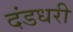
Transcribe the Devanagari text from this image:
दंडधरी